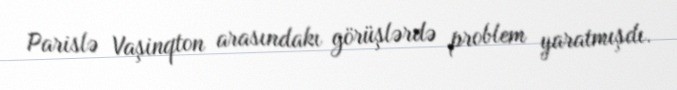
Parislə Vaşinqton arasındakı görüşlərdə problem yaratmışdı.